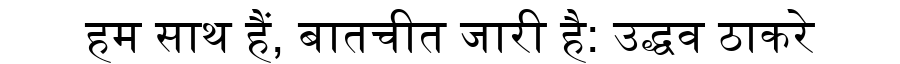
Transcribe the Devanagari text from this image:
हम साथ हैं, बातचीत जारी है: उद्धव ठाकरे